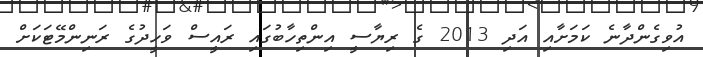
އުވިގެންދާނެ ކަމަށާއި އަދި 2013 ގެ ރިޔާސީ އިންތިހާބުގައި ރައީސް ވަހީދުގެ ރަނިންމޭޓަކަށް